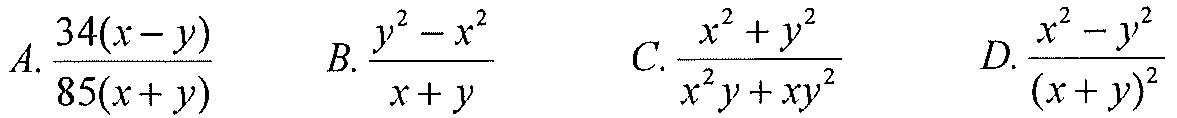
A. \(\frac{34(x - y)}{85(x + y)}\)  B. \(\frac{y^{2}-x^{2}}{x + y}\)  C. \(\frac{x^{2}+y^{2}}{x^{2}y+xy^{2}}\)  D. \(\frac{x^{2}-y^{2}}{(x + y)^{2}}\)